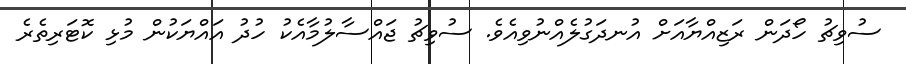
ސުވިޗު ހޯދަން ރަޒިއްޔާއަށް އުނދަގުލެއްނުވިއެވެ. ސުވިޗު ޖައްސާލުމާއެކު ހުދު އައްޔަކުން މުޅި ކޮޓަރިތެރެ